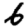
Digit: 6